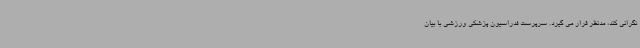
نگرانی کند، مدنظر قرار می گیرد. سرپرست فدراسیون پزشکی ورزشی با بیان